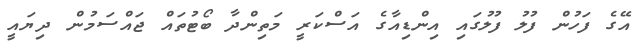
އޭގެ ފަހުން ފުލު ފުލުގައި އިންޑިއާގެ އަސްކަރީ މަތިންދާ ބޯޓުތައް ޖައްސަމުން ދިޔައީ